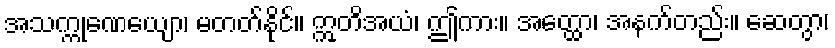
အသက္ကုဏေယျော၊ မတတ်နိုင်။ ဣတိအယံ၊ ဤကား။ အတ္ထော၊ အနက်တည်း။ ဆေတွာ၊